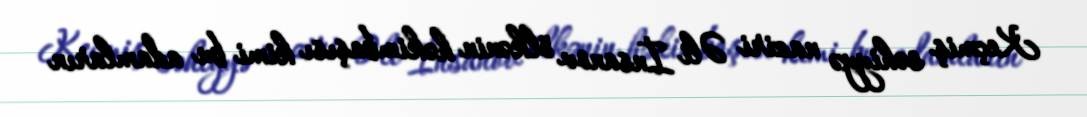
Keçmiş səhiyyə naziri Əli İnsanov ölkənin həkimbaşısı kimi bu adamların